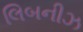
લિબનીઝ